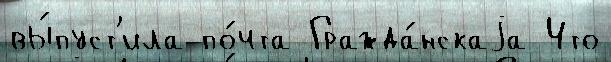
вы́пуст'ила по́чта Гражда́нскаjа Что